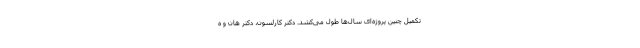
تکمیل چنین پروژه‌ای سال‌ها طول می‌کشد. دکتر کارلسون، دکتر هان و ه